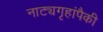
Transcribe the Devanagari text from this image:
नाट्यगृहांपैकी